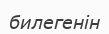
билегенін